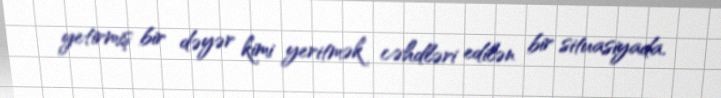
yetirmiş bir dəyər kimi yeritmək cəhdləri edilən bir situasiyada.